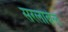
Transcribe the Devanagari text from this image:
सरलाबेल